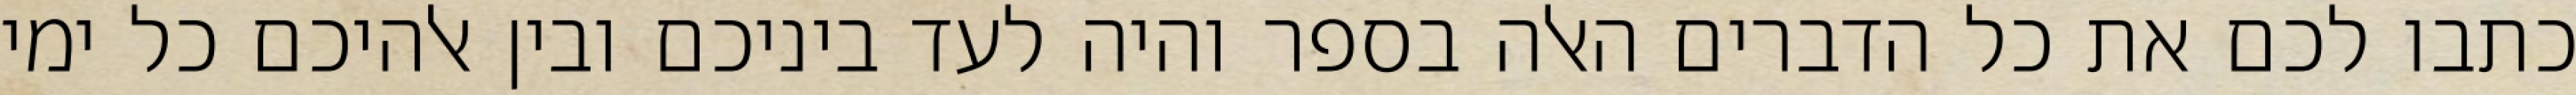
כתבו לכם את כל הדברים האלה בספר והיה לעד ביניכם ובין אלהיכם כל ימי